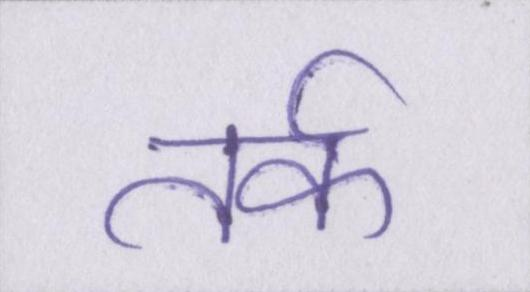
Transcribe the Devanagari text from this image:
तर्क